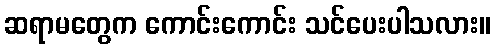
ဆရာမတွေက ကောင်းကောင်း သင်ပေးပါသလား။